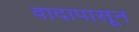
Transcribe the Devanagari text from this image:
वादापासून